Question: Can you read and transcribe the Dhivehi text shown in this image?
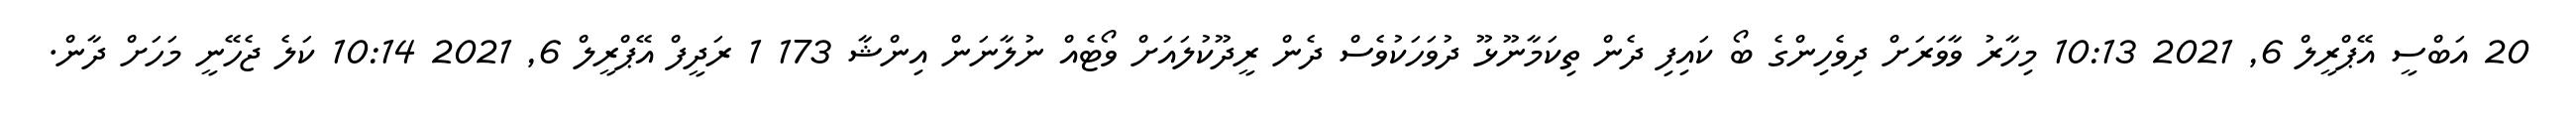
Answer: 20 އަބްސީ އޭޕްރީލް 6, 2021 10:13 މިހާރު ވާވަރަށް ދިވެހިންގެ ބޯ ކައިފި ދެން ތިކަމާނޫޅޫ ދުވަހަކުވެސް ދެން ރީދޫކުލައަށް ވޯޓެއް ނުލާނަން އިންޝާ 173 1 ރަދީފް އޭޕްރީލް 6, 2021 10:14 ކަލެ ޖެހޭނީ މަހަށް ދާން.